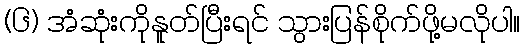
(၆) အံဆုံးကိုနူတ်ပြီးရင် သွားပြန်စိုက်ဖို့မလိုပါ။